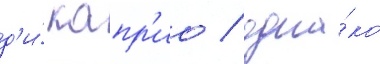
д'и́ капр'ио / одна́ко